system: You are a helpful assistant.
user:
Analyze the provided spectrum to determine if it is a **Carbon Star (C-type)**.

- **Key Visual Indicators of Carbon Star:**
    - **(Primary):** Strong molecular absorption from **C₂ (diatomic carbon) "Swan Bands."** This is the **defining feature** of a carbon star.
        - **(Key Bandheads):** Sharp absorption edges are visible at approximately $5635$ Å, $5165$ Å (the strongest band), and $4737$ Å.
        - **(Line Profile):** Creates a distinct **"saw-tooth"** pattern. The key morphology is a sharp, steep bandhead on the **red (long-wavelength) side**, which then gradually tapers off (i.e., flux recovers) towards the **blue (short-wavelength) side**. *(This is the direct opposite of the TiO bands seen in M-type stars)*.

    - **(Secondary):** Intense **CN (cyanogen)** molecular absorption bands.
        - **(Key Bandheads):** Located in the blue and violet regions of the spectrum (e.g., near $4215$ Å and $3883$ Å).
        - **(Morphology):** These bands are extremely broad and act as a "blanket," absorbing the vast majority of blue and violet light. This creates a characteristic **"cliff"** or **"steep drop-off"** in the spectrum's flux at short wavelengths.

    - **(Key Confirmation):** Strong **CH absorption band (G-band)**.
        - **(Key Bandhead):** Located around $4300$ Å. The contribution from CH molecules to this band is exceptionally strong.

    - **(Overall Spectrum):**
        - The continuum is severely "chopped up" by these deep molecular bands, especially C₂, rather than appearing as a smooth curve.
        - Due to the heavy CN and C₂ absorption in the blue-green, the vast majority of the star's flux is concentrated in the red part of the spectrum, giving the star its characteristic deep red color.

Think first, call **spectral_visualization_tool** if needed to examine features in detail, then provide your final answer. Your response must adhere to the following strict rules:
1.  **Overall Structure:** Your response must follow the format `<think>...</think> <tool_call>...</tool_call> (if a tool is used) <answer>...</answer>`.
2.  **Tool Usage Constraint:** You may only make **one** tool call per turn.
3.  **Final Answer Format:** In the `<answer>` tag, your conclusion must be inside a `\boxed{}` command (e.g., `\boxed{YES}`), followed by your justification.

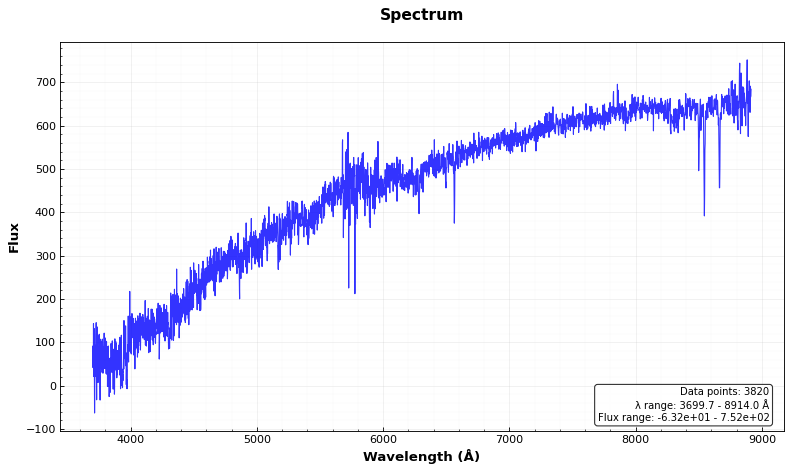
Answer: NO